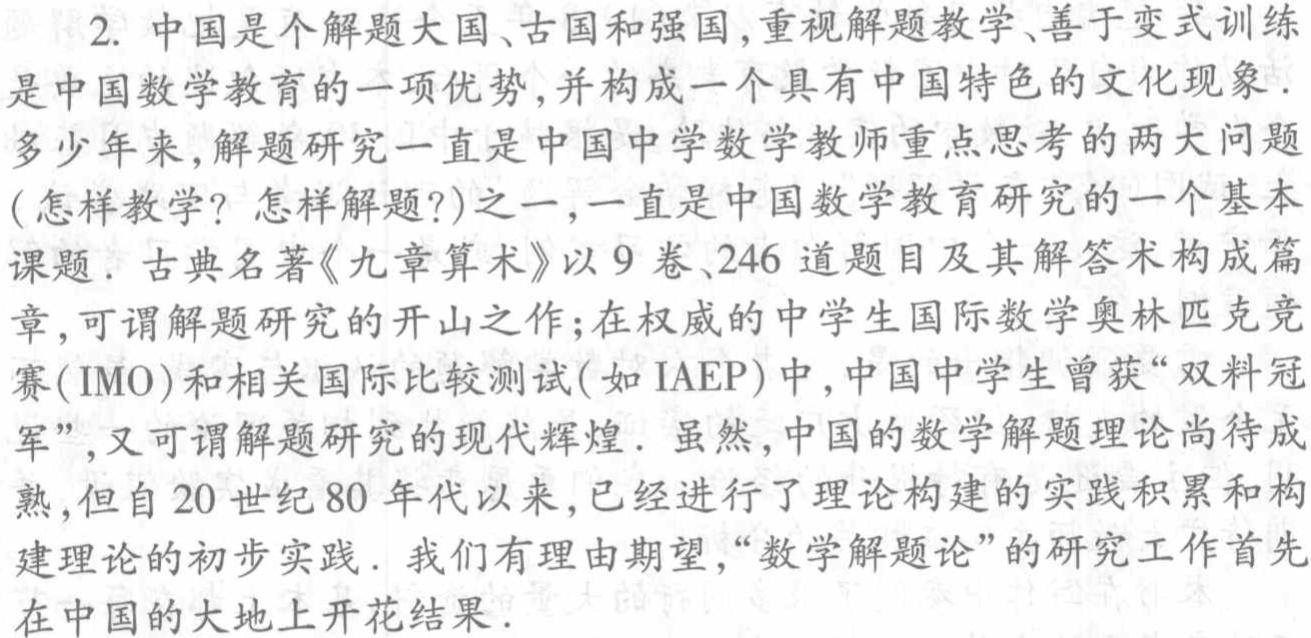
2. 中国是个解题大国、古国和强国,重视解题教学、善于变式训练是中国数学教育的一项优势,并构成一个具有中国特色的文化现象.多少年来,解题研究一直是中国中学数学教师重点思考的两大问题(怎样教学? 怎样解题?)之一,一直是中国数学教育研究的一个基本课题. 古典名著《九章算术》以9卷、246道题目及其解答术构成篇章,可谓解题研究的开山之作;在权威的中学生国际数学奥林匹克竞赛(IMO)和相关国际比较测试(如IAEP)中,中国中学生曾获“双料冠军”,又可谓解题研究的现代辉煌. 虽然,中国的数学解题理论尚待成熟,但自20世纪80年代以来,已经进行了理论构建的实践积累和构建理论的初步实践. 我们有理由期望,“数学解题论”的研究工作首先在中国的大地上开花结果.